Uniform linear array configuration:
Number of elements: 32
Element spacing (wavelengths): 0.5
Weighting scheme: hann
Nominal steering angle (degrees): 0
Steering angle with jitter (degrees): -1.496
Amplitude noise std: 0.05
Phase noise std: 0.05

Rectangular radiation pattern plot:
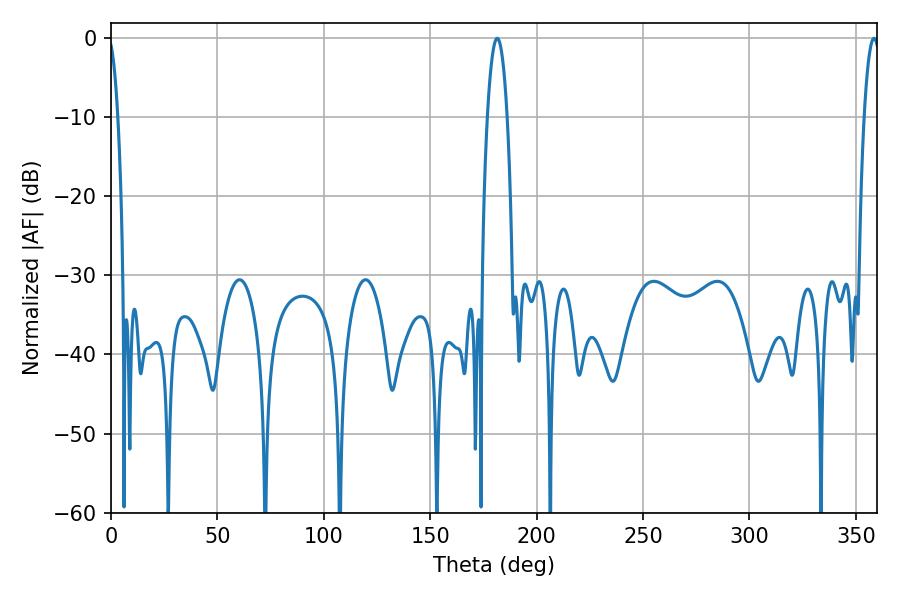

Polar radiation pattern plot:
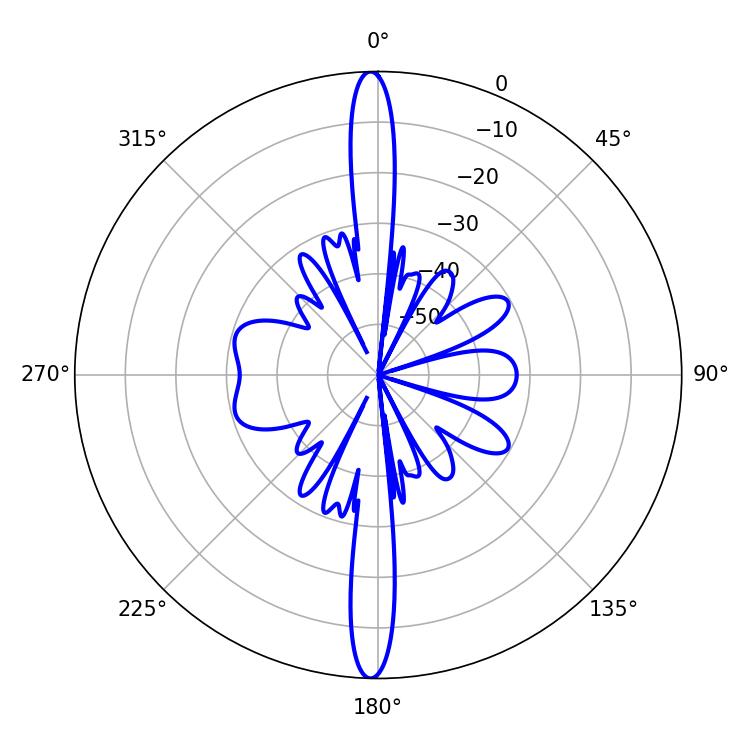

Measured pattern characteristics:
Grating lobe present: FALSE
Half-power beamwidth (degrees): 5.22
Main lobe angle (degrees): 181.44